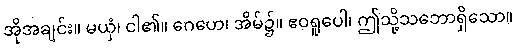
အိုအချင်း။ မယှံ၊ ငါ၏။ ဂေဟေ၊ အိမ်၌။ ဧဝရူပေါ၊ ဤသို့သဘောရှိသော။